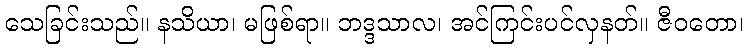
သေခြင်းသည်။ နသိယာ၊ မဖြစ်ရာ။ ဘဒ္ဒသာလ၊ အင်ကြင်းပင်လှနတ်။ ဇီဝတော၊